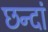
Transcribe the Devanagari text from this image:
छन्दां